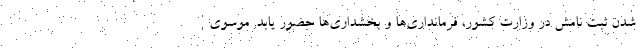
شدن ثبت نامش در وزارت کشور، فرمانداری‌ها و بخشداری‌ها حضور یابد. موسوی